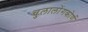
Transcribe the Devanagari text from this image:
चुलालोंगकोर्ण